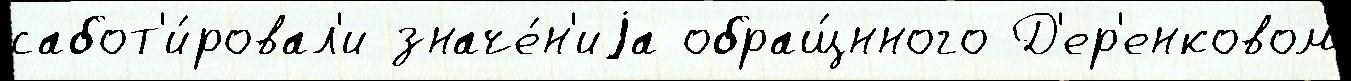
сабот'и́ровал'и значе́н'иjа обращ́нного Д'ер'енковом